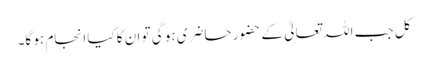
کل جب اللہ تعالیٰ کے حضور حاضری ہو گی تو ان کا کیا انجام ہو گا۔